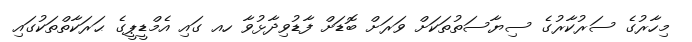
މިހާރުގެ ސަރުކާރުގެ ސިޔާސަތުތަކަށް ވަރަށް ބޮޑަށް ފާޑުވިދާޅުވާ ހއ ގައި އެމްޑީޕީގެ ޙަރަކާތްތަކުގައި